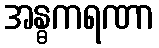
အန္ဓကရဏာ